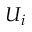
U _ { i }